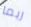
ربما